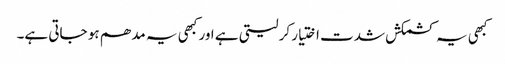
کبھی یہ کشمکش شدت اختیار کر لیتی ہے اور کبھی یہ مدھم ہو جاتی ہے۔